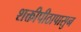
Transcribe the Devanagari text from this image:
शक्तीपीठापासुन